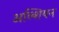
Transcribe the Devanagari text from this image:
अल्शियन